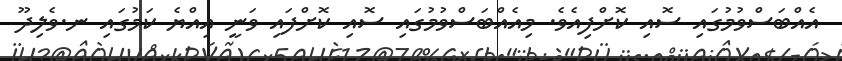
އެއްބަސްވުމުގައި ސޮއި ކޮށްފިއެވެ. މިއެއްބަސްވުމުގައި ސޮއި ކޮށްފައި ވަނީ އިއްޔެ ކަމުގައި ނ.ވެލިދޫ